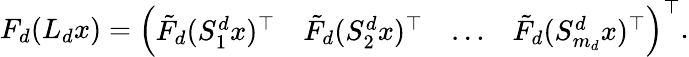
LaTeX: \begin{array}{r}{F_{d}(L_{d}x)=\left(\begin{array}{llll}{\tilde{F}_{d}(S_{1}^{d}x)^{\top}}&{\tilde{F}_{d}(S_{2}^{d}x)^{\top}}&{\dots}&{\tilde{F}_{d}(S_{m_{d}}^{d}x)^{\top}}\end{array}\right)^{\top}.}\end{array}